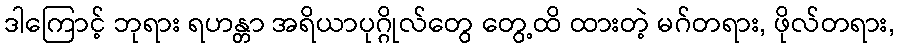
ဒါကြောင့် ဘုရား ရဟန္တာ အရိယာပုဂ္ဂိုလ်တွေ တွေ့ထိ ထားတဲ့ မဂ်တရား, ဖိုလ်တရား,